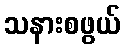
သနားစဖွယ်